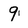
Character: 9